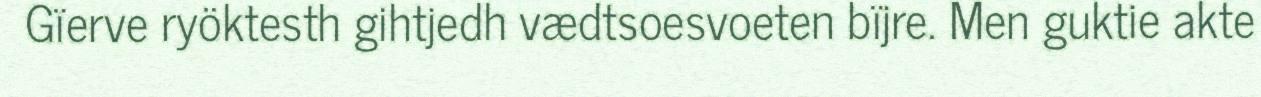
Gïerve ryöktesth gihtjedh vædtsoesvoeten bïjre. Men guktie akte